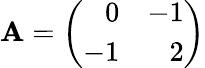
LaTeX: \mathbf{A}=\left(\begin{array}{rr}{{0}}&{{-1}}\\ {{-1}}&{{2}}\end{array}\right)